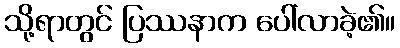
သို့ရာတွင် ပြဿနာက ပေါ်လာခဲ့၏။